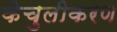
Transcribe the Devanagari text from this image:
केचुलीकरण